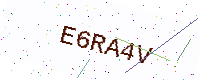
Text: E6RA4V